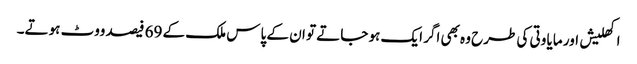
اکھلیش اور مایا وتی کی طرح وہ بھی اگر ایک ہو جاتے تو ان کے پاس ملک کے 69 فیصد ووٹ ہوتے۔